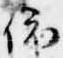
依